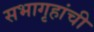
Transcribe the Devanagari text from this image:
सभागृहांची